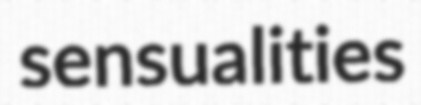
sensualities